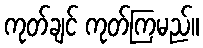
ကုတ်ချင် ကုတ်ကြမည်။